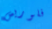
فلوريس